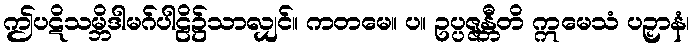
ဤပဋိသမ္ဘိဒါမဂ်ပါဠိ၌သာလျှင်။ ကတမေ။ ပ။ ဥပ္ပဇ္ဇန္တီတိ ဣမေသံ ပဉှာနံ၊